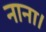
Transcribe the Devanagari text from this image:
नाना।